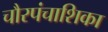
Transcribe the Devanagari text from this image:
चौरपंचाशिका